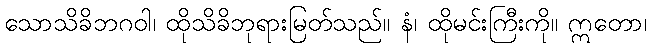
သောသိခိဘဂဝါ၊ ထိုသိခိဘုရားမြတ်သည်။ နံ၊ ထိုမင်းကြီးကို။ ဣတော၊